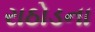
રાઠોડના